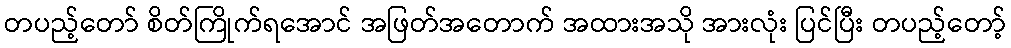
တပည့်တော် စိတ်ကြိုက်ရအောင် အဖြတ်အတောက် အထားအသို အားလုံး ပြင်ပြီး တပည့်တော့်